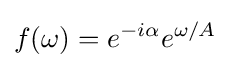
f(\omega )=e^{-i\alpha }e^{\omega /A}